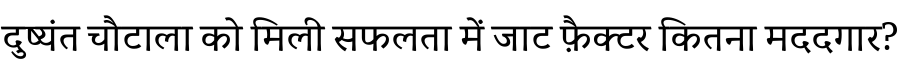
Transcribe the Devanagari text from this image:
दुष्यंत चौटाला को मिली सफलता में जाट फ़ैक्टर कितना मददगार?